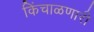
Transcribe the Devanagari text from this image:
किंचाळणारी